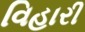
વિહારી